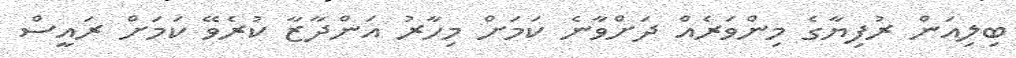
ބިލިއަން ރުފިޔާގެ މިންވަރެއް ދަށްވާނެ ކަމަށް މިހާރު އަންދާޒާ ކުރެވޭ ކަމަށް ރައީސް